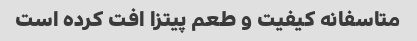
متاسفانه کیفیت و طعم پیتزا افت کرده است